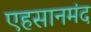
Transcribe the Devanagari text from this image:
एहसानमंद